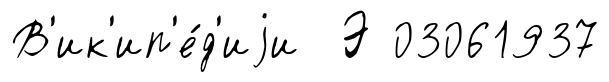
В'ик'ип'е́д'иjи Э 03061937